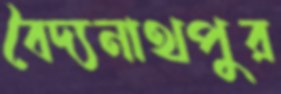
বৈদ্যনাথপুর